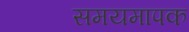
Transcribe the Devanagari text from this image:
समयमापक